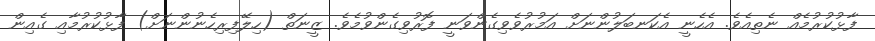
ފާޅުކުރުމެއް ނެތިއެވެ. އެހެނީ އެކަނބަލުންނަށް އަމުރުވެވިގެންވަނީ ފޮރުވިގެންވުމެވެ. ޒީނަތް (ހިލޭފިރިހެނުންނަށް) ފާޅުކުރުމާއި ގެއިން